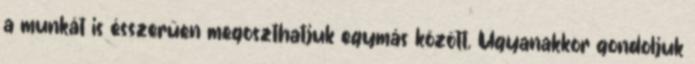
a munkát is ésszerűen megoszthatjuk egymás között. Ugyanakkor gondoljuk